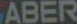
ABER